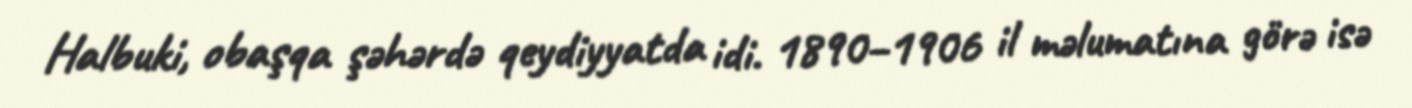
Halbuki, obaşqa şəhərdə qeydiyyatda idi. 1890–1906 il məlumatına görə isə